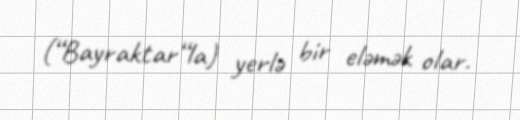
(“Bayraktar“la) yerlə bir eləmək olar.